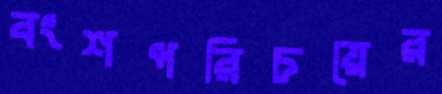
বংশপরিচয়ের